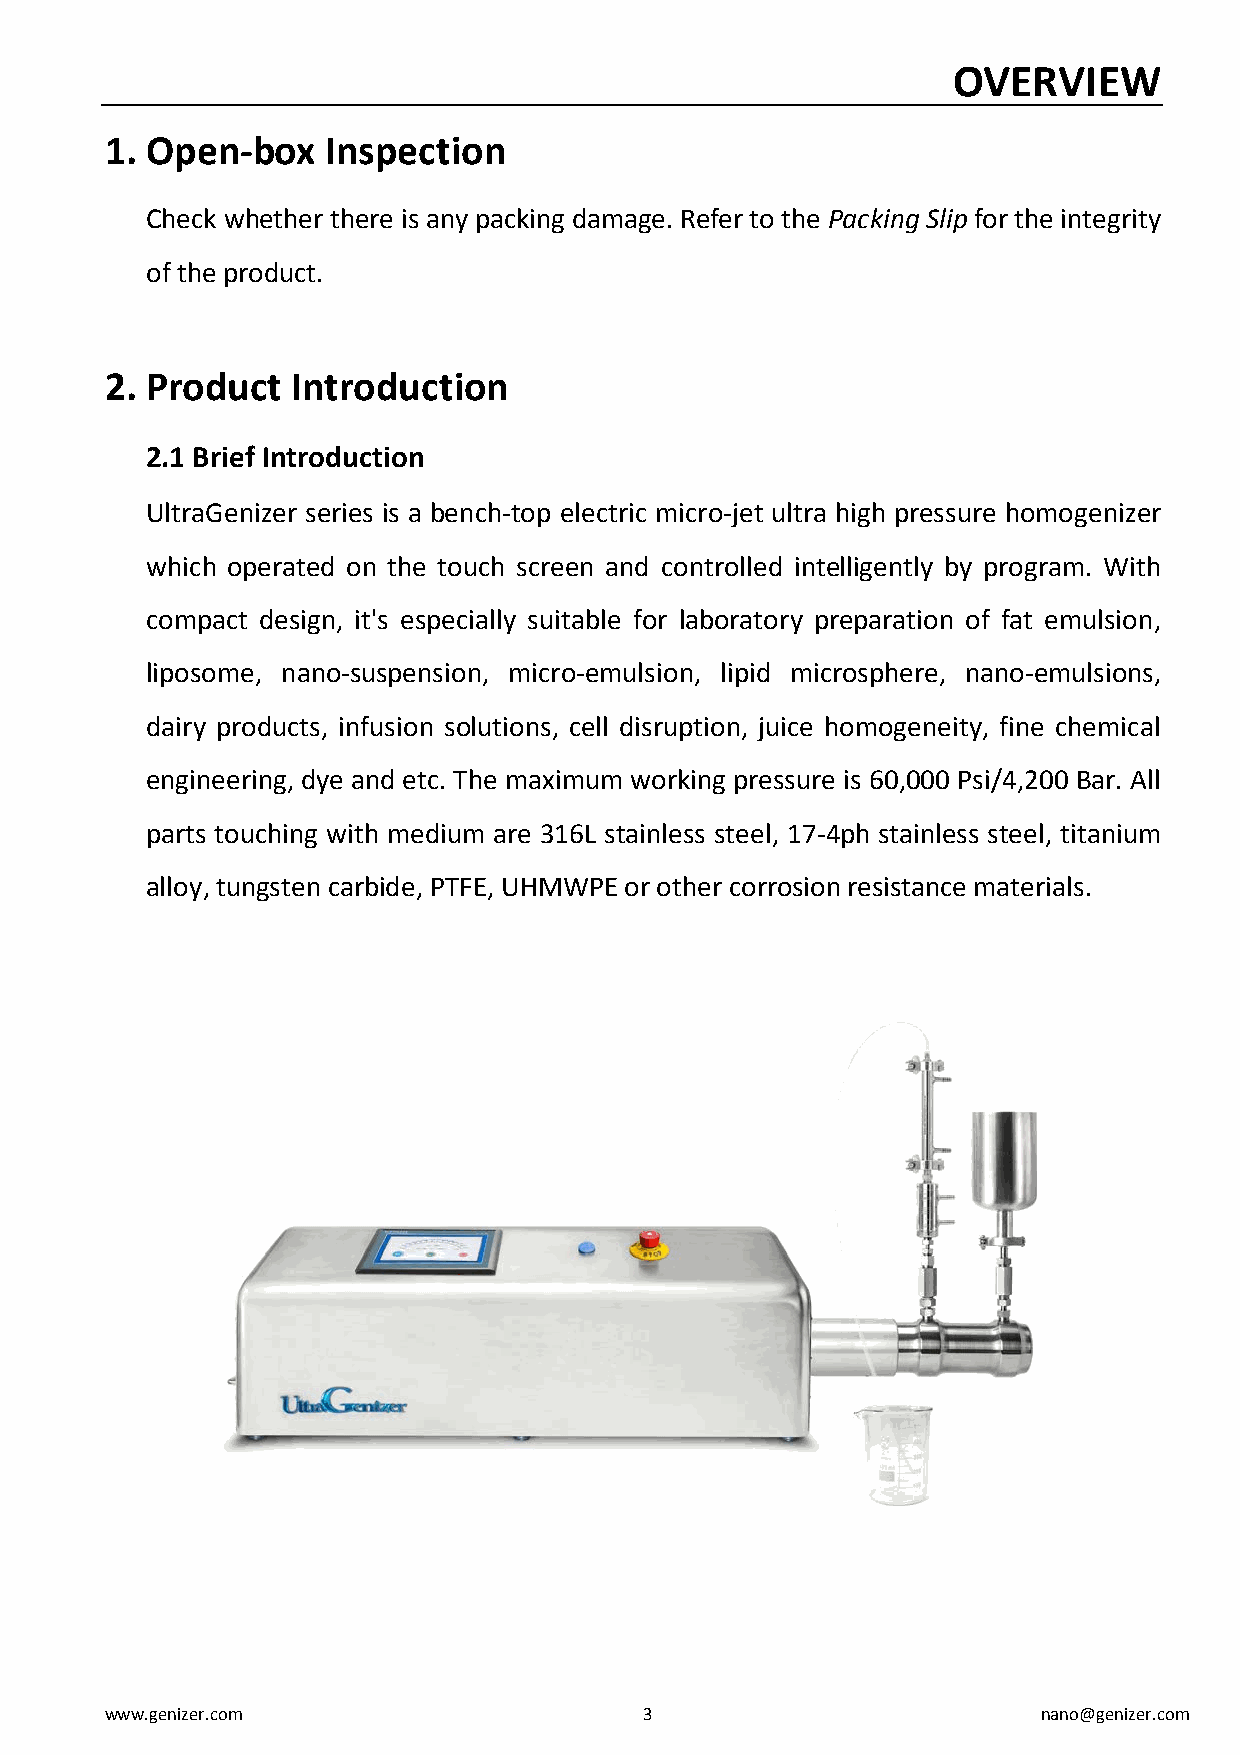
OVERVIEW
 1. Open-box    Inspection
 Check whether there is any packing damage. Refer to the Packing Slip for the integrity
 of the product.
 2. Product  Introduction
 2.1 Brief Introduction
 UltraGenizer series is a bench-top electric micro-jet ultra high pressure homogenizer
 which operated on the touch screen and controlled intelligently by program. With
 compact design, it's especially suitable for laboratory preparation of fat emulsion,
 liposome, nano-suspension, micro-emulsion, lipid microsphere, nano-emulsions,
 dairy products, infusion solutions, cell disruption, juice homogeneity, fine chemical
 engineering, dye and etc. The maximum working pressure is 60,000 Psi/4,200 Bar. All
 parts touching with medium are 316L stainless steel, 17-4ph stainless steel, titanium
 alloy, tungsten carbide, PTFE, UHMWPE or other corrosion resistance materials.
 www.genizer.com                     3                         nano@genizer.com